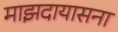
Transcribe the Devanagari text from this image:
माझदायासना